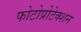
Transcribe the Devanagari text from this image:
फोटोप्रोटेक्शन